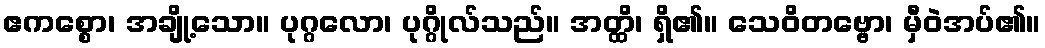
ဧကစ္စော၊ အချို့သော။ ပုဂ္ဂလော၊ ပုဂ္ဂိုလ်သည်။ အတ္ထိ၊ ရှိ၏။ သေဝိတဗ္ဗော၊ မှီဝဲအပ်၏။